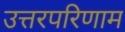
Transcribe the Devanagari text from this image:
उत्तरपरिणाम